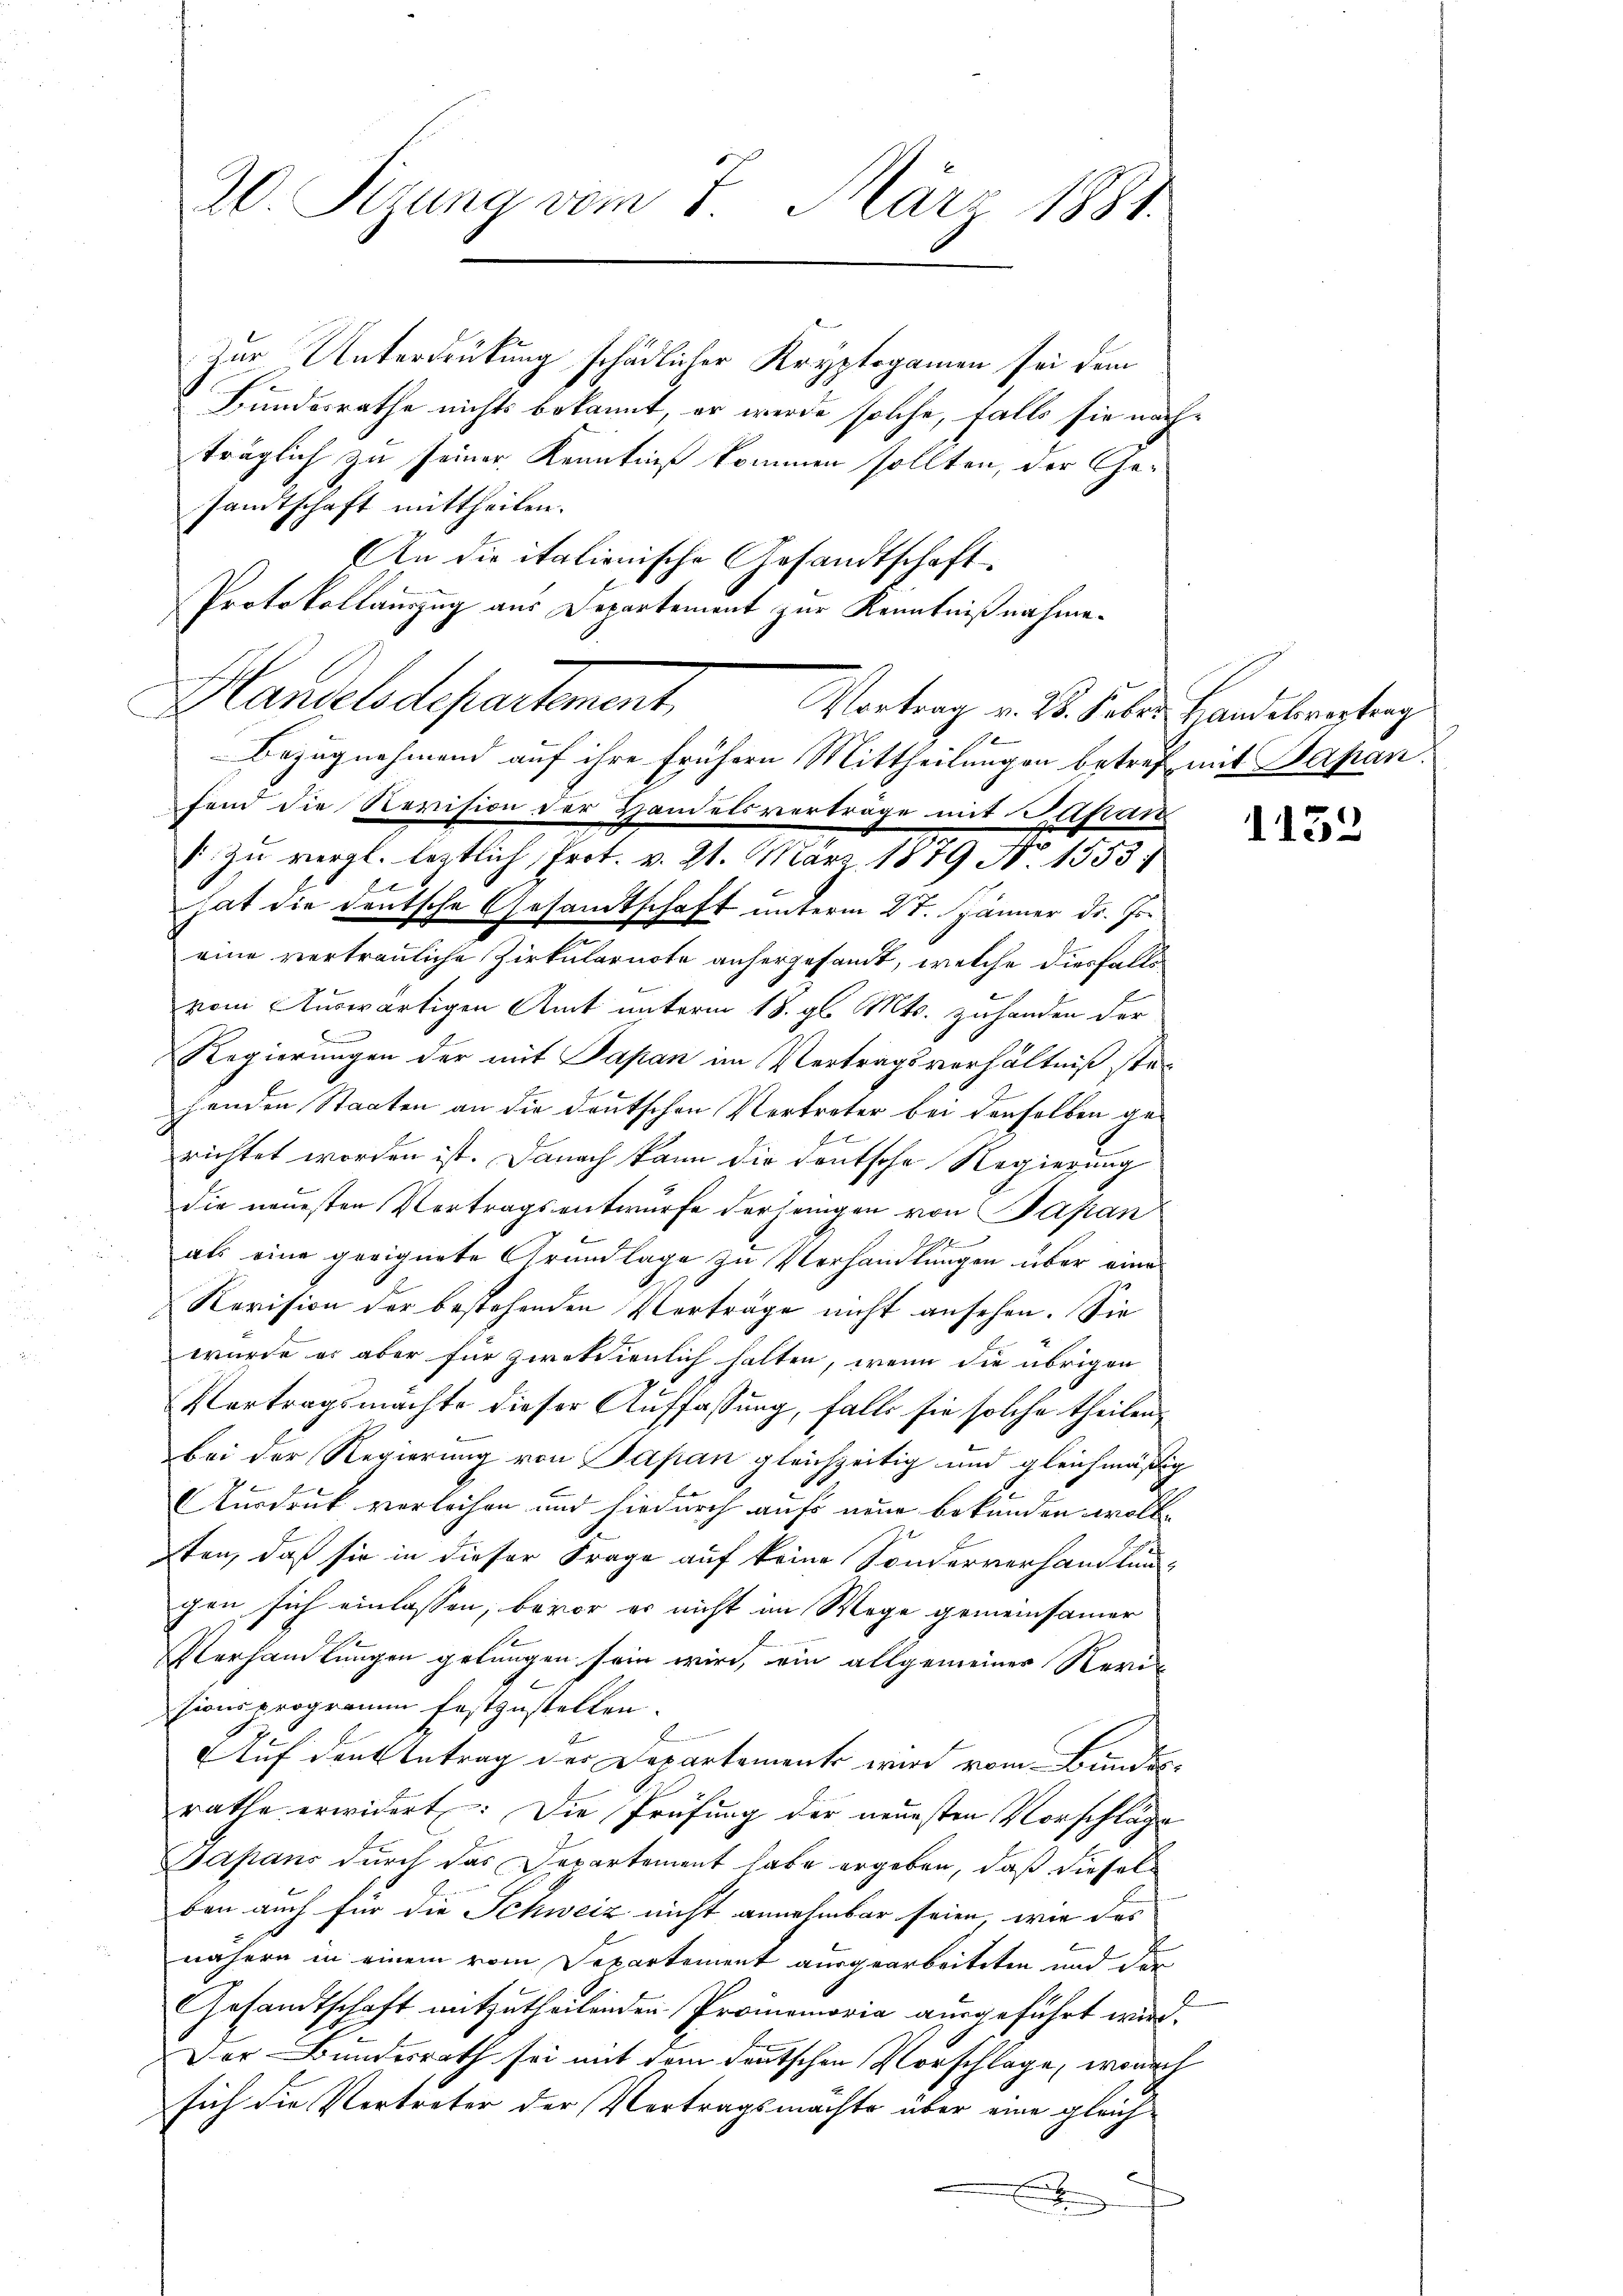
20. Sizung vom 7. März 1881.

Zur Unterdrückung schädlicher Kryptogamen sei dem
Bundesrathe nichts bekannt, er werde solche, falls sie nachträglich zu seiner Kenntniß kommen sollten, der Ge-
samtschaft mittheilen.
An die italienische Gesandtschaft
Protokollauszug aus Departement zur Kenntnißnahme.

Handelsdepartement,
Vortrag v. 2. Febr. Handelsvertrag
6
Bezugnahmend auf ihre frühern Mittheilungen betref mit Japanfend die Revision der Handelsverträge mit Papan
. zu vergl. letztlich Prot. v. 21. März 1879 No 1553

hat die deutsche Gesandtschaft unterm 27. Jänner dr. Jo
eine vertrauliche Zirkularnote anhergesandt, welche diesfalls
vom Auswärtigen Amt unterm 18. gl. Mts. zuhanden der
Regierungen der mit Papan im Vertragsverhältniß stehenden Staaten an die deutschen Vertreter bei denselben gerichtet worden ist. Danach kann die deutsche Regierung
die neuesten Vertragsentwurfe derjenigen von Papan
als eine geeignete Grundlage zu Verhandlungen über eine
Revision der bestehenden Verträge nicht ansehen. Sie
wurde es aber für zwekdienlich halten, wenn die übrigen
Vertragsmachte dieser Auffassung, falls sie solche theilen,
bei der Regierung von Japan gleichzeitig und gleichmäßig
Ausdruck verleihen und hiedurch aufs neue bekunden wolle
pten, daß sie in dieser Frage auf keine Sonderverhandlung
gen sich einlassen, bevor er nicht im Wege gemeinsamer
Verhandlungen gelungen sein wird, ein allgemeiner Nerisionsprogramm festzustellen.
Auf den Antrag der Departements wird vom Bundesrathe erwidert: Die Prüfung der neuesten Vorschläge
Sapans durch das Departement habe ergeben, daß diesel
ben auch für die Schweiz nicht annehmbar seien, wie das
nähern in einem vom Departement ausgearbeiteten und der
Gesandtschaft mitzutheilenden Promemoria ausgeführt wird.
Der Bundesrath sei mit dem deutschen Vorschlage, wonach
sich die Vertreter der Vertragsmächte über eine gleichm

1132